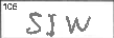
Transcription: SIW